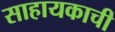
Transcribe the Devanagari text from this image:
साहायकाची